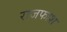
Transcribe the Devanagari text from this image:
राजफाश